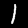
Digit: 1